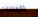
المخللات